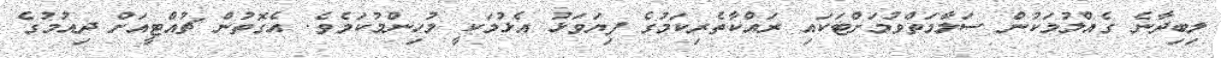
ލިބިދާނެ ގެއްލުމަކުން ސަލާމަތްވުމަށްޓަކައި ރައްކާތެރިކަމުގެ ފިޔަވަޅު އެޅުމަކީ މުހިންމުކަމެވެ. އެގޮތުން ޗުއްޓީއަށް ދިއުމުގެ